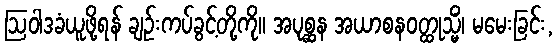
ဩဝါဒခံယူဖို့ရန် ချဉ်းကပ်ခွင့်တို့ကို။ အပုစ္ဆန အယာစနဝတ္ထုသ္မိံ၊ မမေးခြင်း,